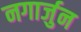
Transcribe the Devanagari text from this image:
नगार्जुन